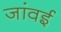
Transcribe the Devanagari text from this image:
जांवई